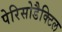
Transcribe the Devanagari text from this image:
पेरिसोडैक्टिल